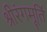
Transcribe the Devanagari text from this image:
श्रीरंगमूर्ति